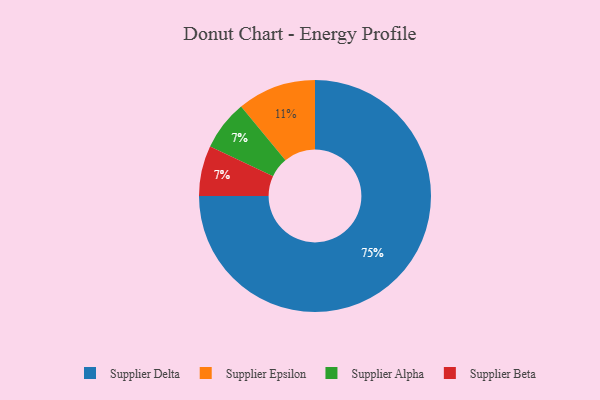
{"axis": {"x": "Category", "y": "Percentage"}, "legend": ["Supplier Alpha", "Supplier Beta", "Supplier Delta", "Supplier Epsilon"], "data": [{"x": "Supplier Alpha", "y": 7, "type": "Supplier Alpha"}, {"x": "Supplier Beta", "y": 7, "type": "Supplier Beta"}, {"x": "Supplier Delta", "y": 75, "type": "Supplier Delta"}, {"x": "Supplier Epsilon", "y": 11, "type": "Supplier Epsilon"}]}